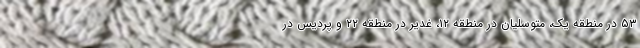
۵۳ در منطقه یک، متوسلیان در منطقه ۱۲، غدیر در منطقه ۲۲ و پردیس در